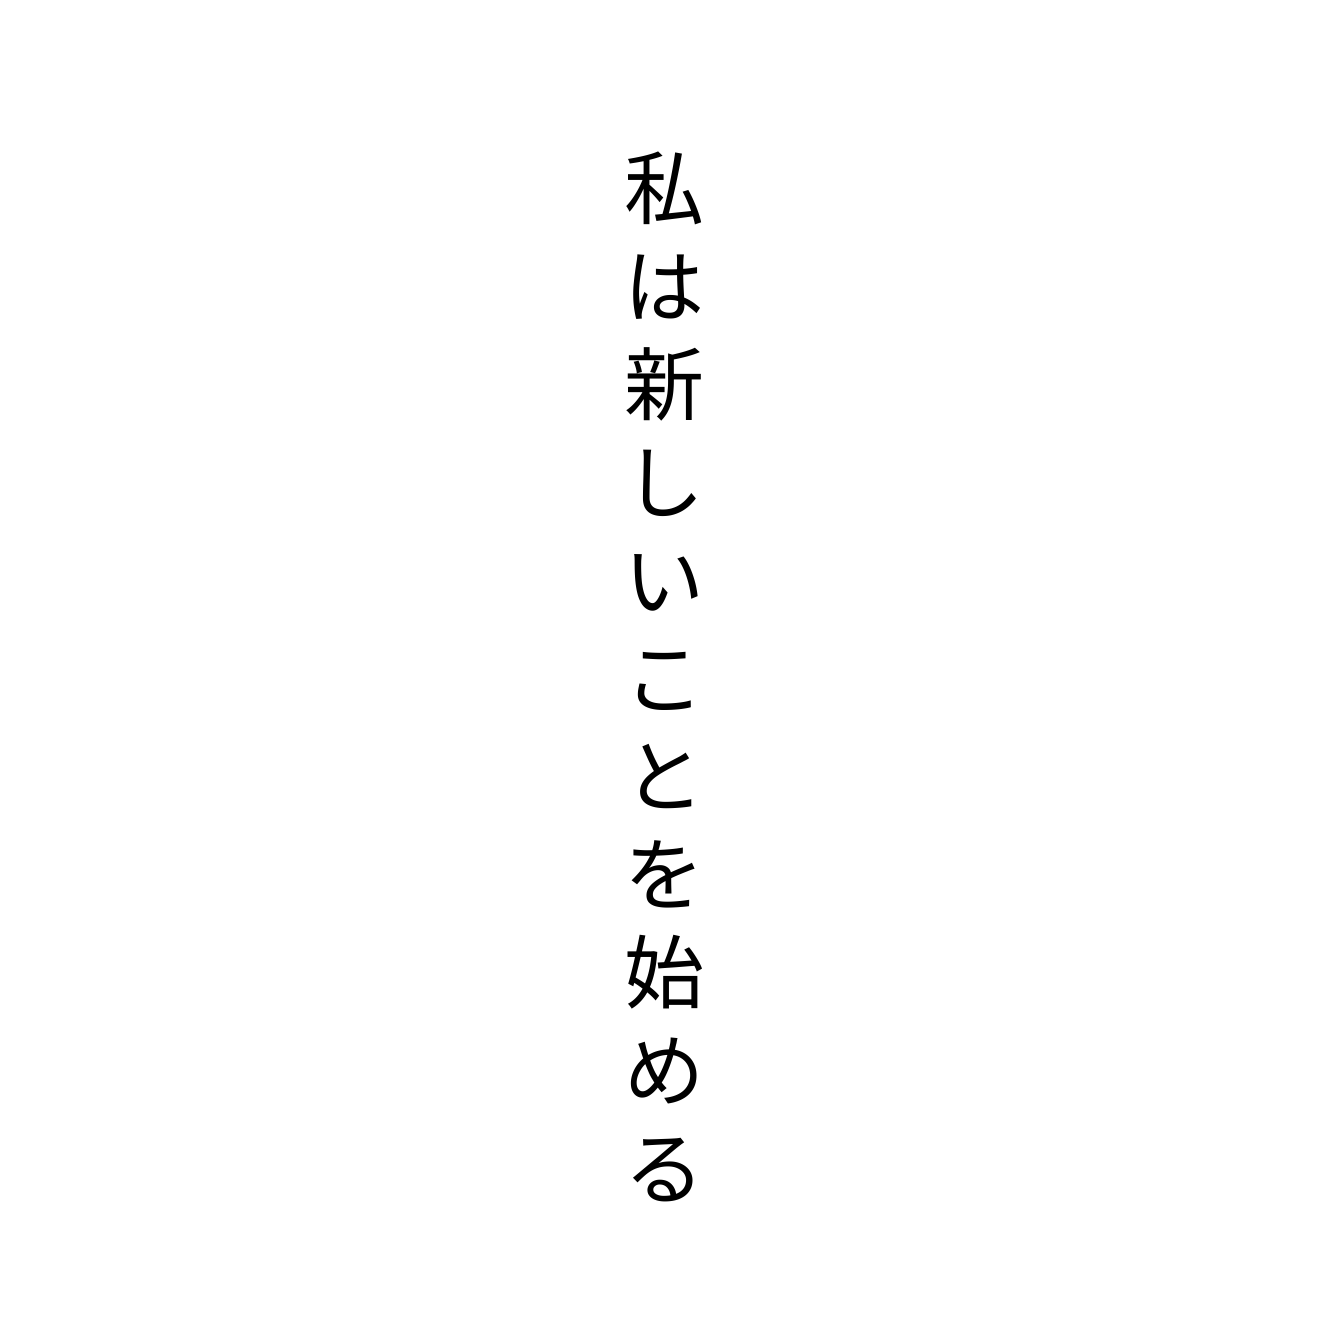
私は新しいことを始める